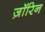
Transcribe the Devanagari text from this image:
ज़ॉरिन